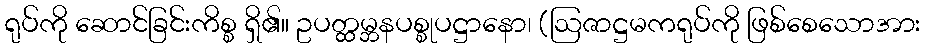
ရုပ်ကို ဆောင်ခြင်းကိစ္စ ရှိ၏။ ဥပတ္ထမ္ဘနပစ္စုပဋ္ဌာနော၊ (ဩဇာဋ္ဌမကရုပ်ကို ဖြစ်စေသောအား